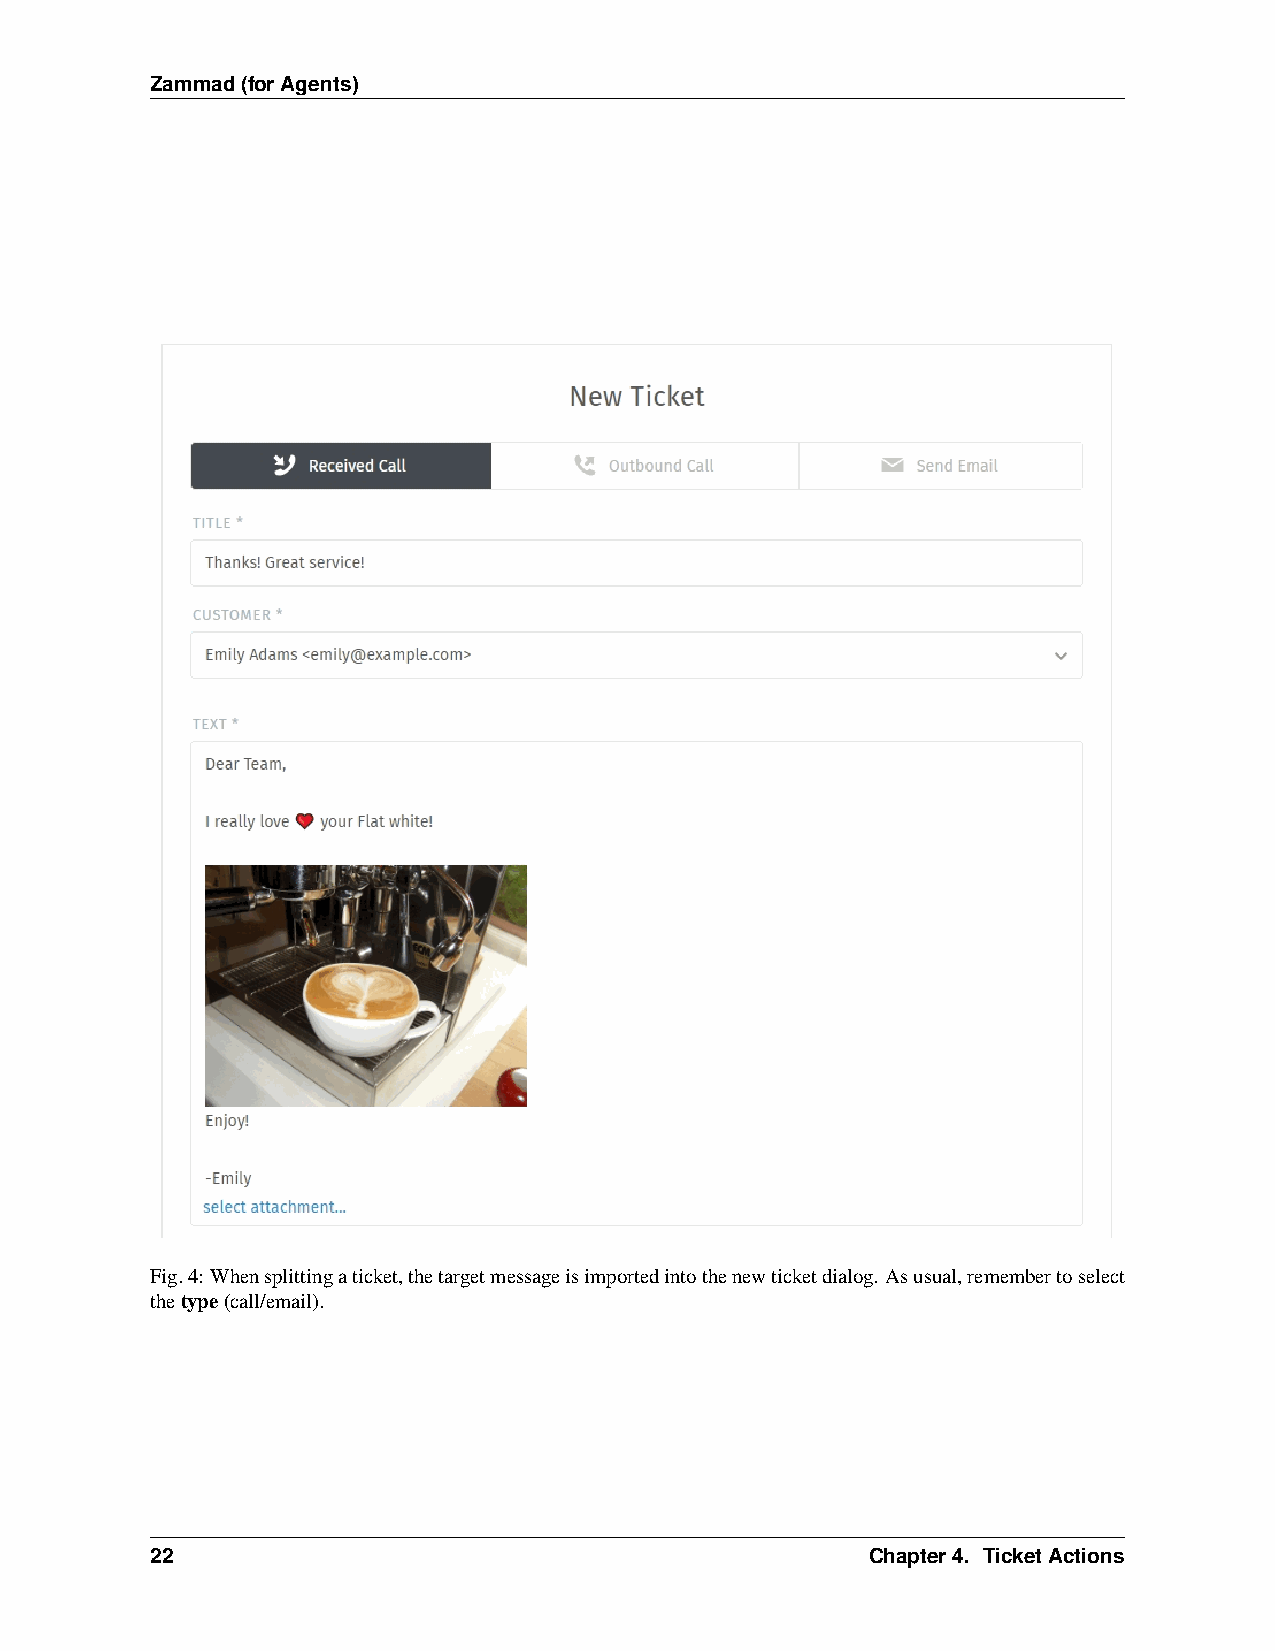
Zammad(forAgents)
 Fig.4: Whensplittingaticket,thetargetmessageisimportedintothenewticketdialog. Asusual,remembertoselect
 thetype(call/email).
 22                                              Chapter4. TicketActions